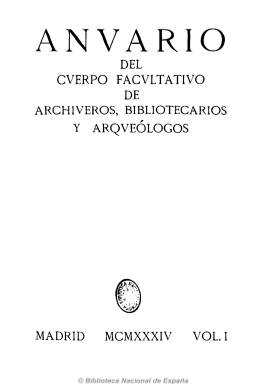
Título: Anuario del Cuerpo Facultativo de Archiveros, Bibliotecarios y Arqueólogos
Colección: Archivos, bibliotecas y museos
Ámbito geográfico: Madrid
Lugar de publicación: Madrid
Fechas: 01/01/1934-31/12/1935

Tras la interrupción, en 1931, que sufre la Revista de archivos, bibliotecas y museos, que había sido fundada en 1871, y ante el proceso de especialización que había experimentado la ciencia española se piensa darle una reorientación distinta a la citada revista y continuarla como anuario, teniendo como antecedente los anuarios ya publicados en 1881 y 1882, y al objeto de poder publicar íntegros los extensos artículos que lleguen a su redacción.

Bajo este título son editados dos tomos en 1934 y uno en 1935. La Junta Técnica del Cuerpo acuerda dar a la estampa los trabajos que estaban entonces en preparación o ya terminados, referentes a Arqueología, Arte, Numismática, Epigrafía y Museología españolas, que servirán, también, para rendir homenaje a la memoria del que hasta entonces había sido director del Museo Arqueológico Nacional, catedrático de la Universidad Central y eminente experto, José Ramón Mélida (1856-1933).

En los tres tomos de este anuario, en total se publican unos ochenta artículos de gran interés, precedidos de la biografía y bibliografía de Mélida. Al final del último volumen aparece un índice general. El Anuario será la única publicación periódica del Cuerpo durante la II República y habrá que esperar hasta 1947 para que se inicie la última y más longeva etapa de la Revista de archivos, bibliotecas y museos, que llegará hasta 1980.